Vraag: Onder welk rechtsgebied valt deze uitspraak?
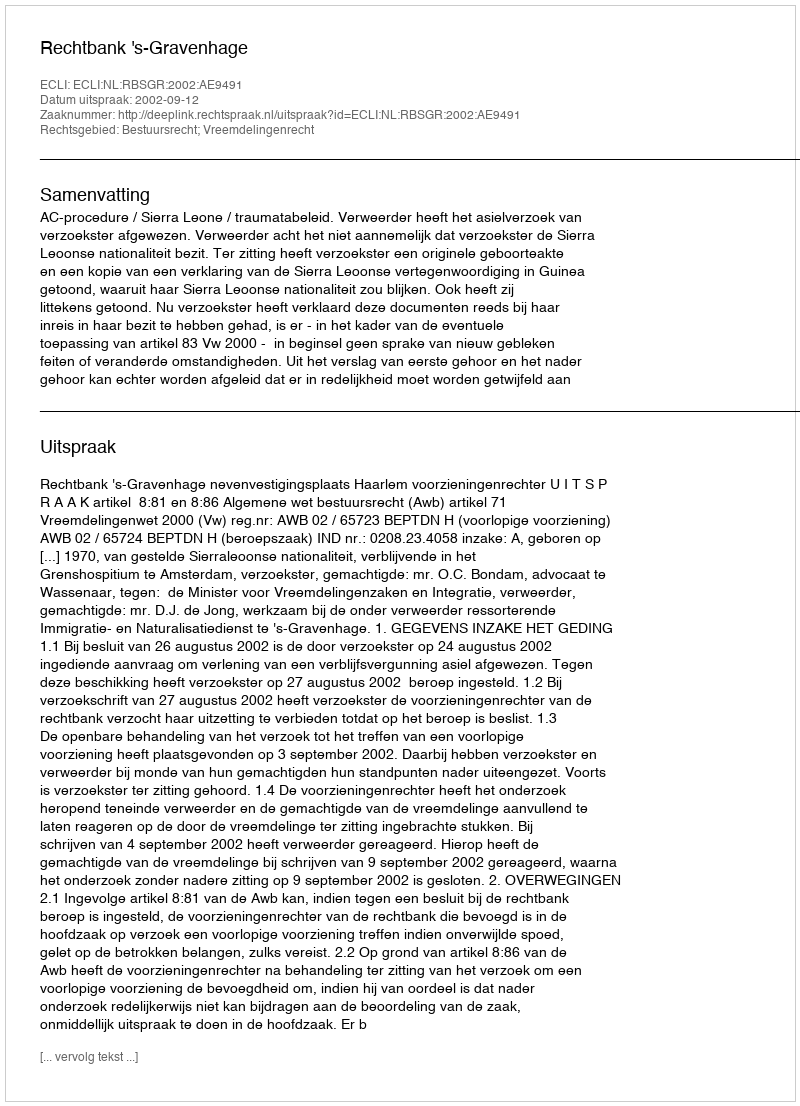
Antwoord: Bestuursrecht; Vreemdelingenrecht